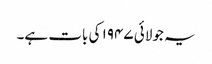
یہ جولائی ۱۹۴۷ کی بات ہے۔